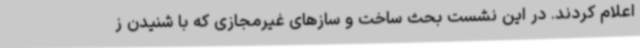
اعلام کردند. در این نشست بحث ساخت و سازهای غیرمجازی که با شنیدن ز